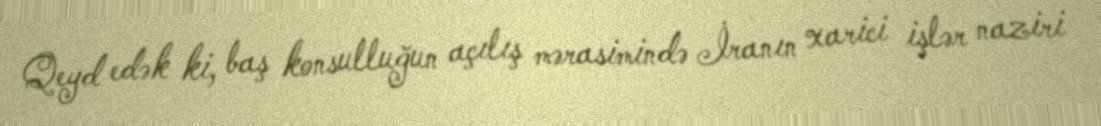
Qeyd edək ki, baş konsulluğun açılış mərasimində İranın xarici işlər naziri